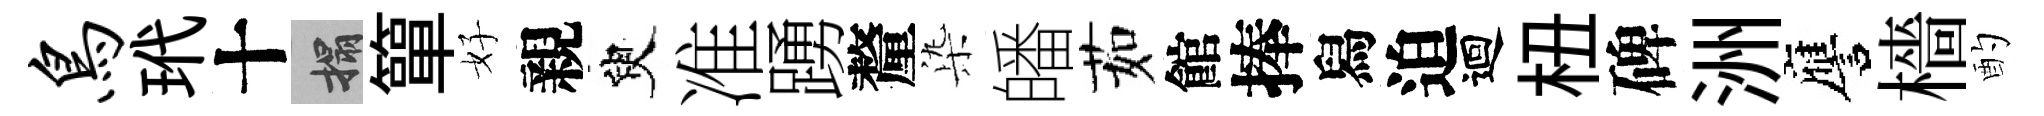
鸟玳十搨簞好親臾准踴釐𣑱皤茹館捧舄迫迴杻碑洲譍檣酌